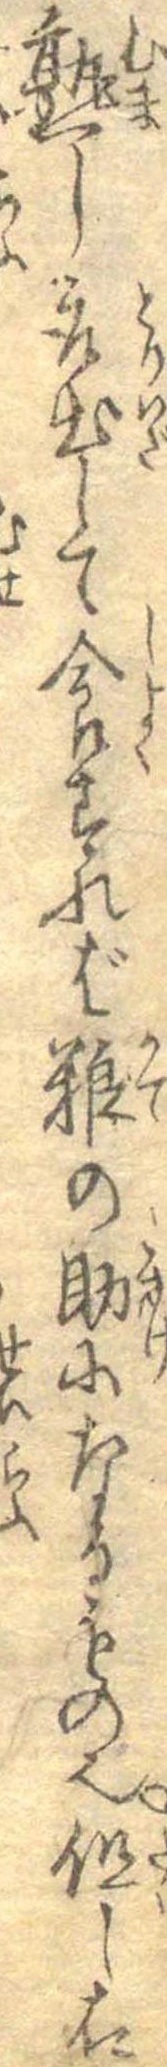
熟し取出して食すれば糧の助になるもの也但し右